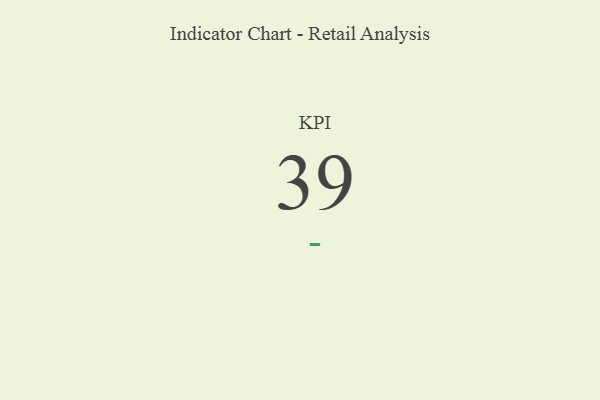
{"axis": {"x": "KPI", "y": "Value"}, "legend": [""], "data": [{"x": "KPI", "y": 39, "type": ""}]}